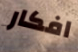
افكار